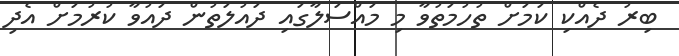
ބިރު ދެއްކި ކަމަށް ތުހުމަތުވާ މި މައްސަލާގައި ދައުލަތުން ދައުވާ ކުރުމަށް އެދި